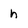
Character: h